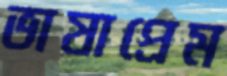
ভাষাপ্রেম